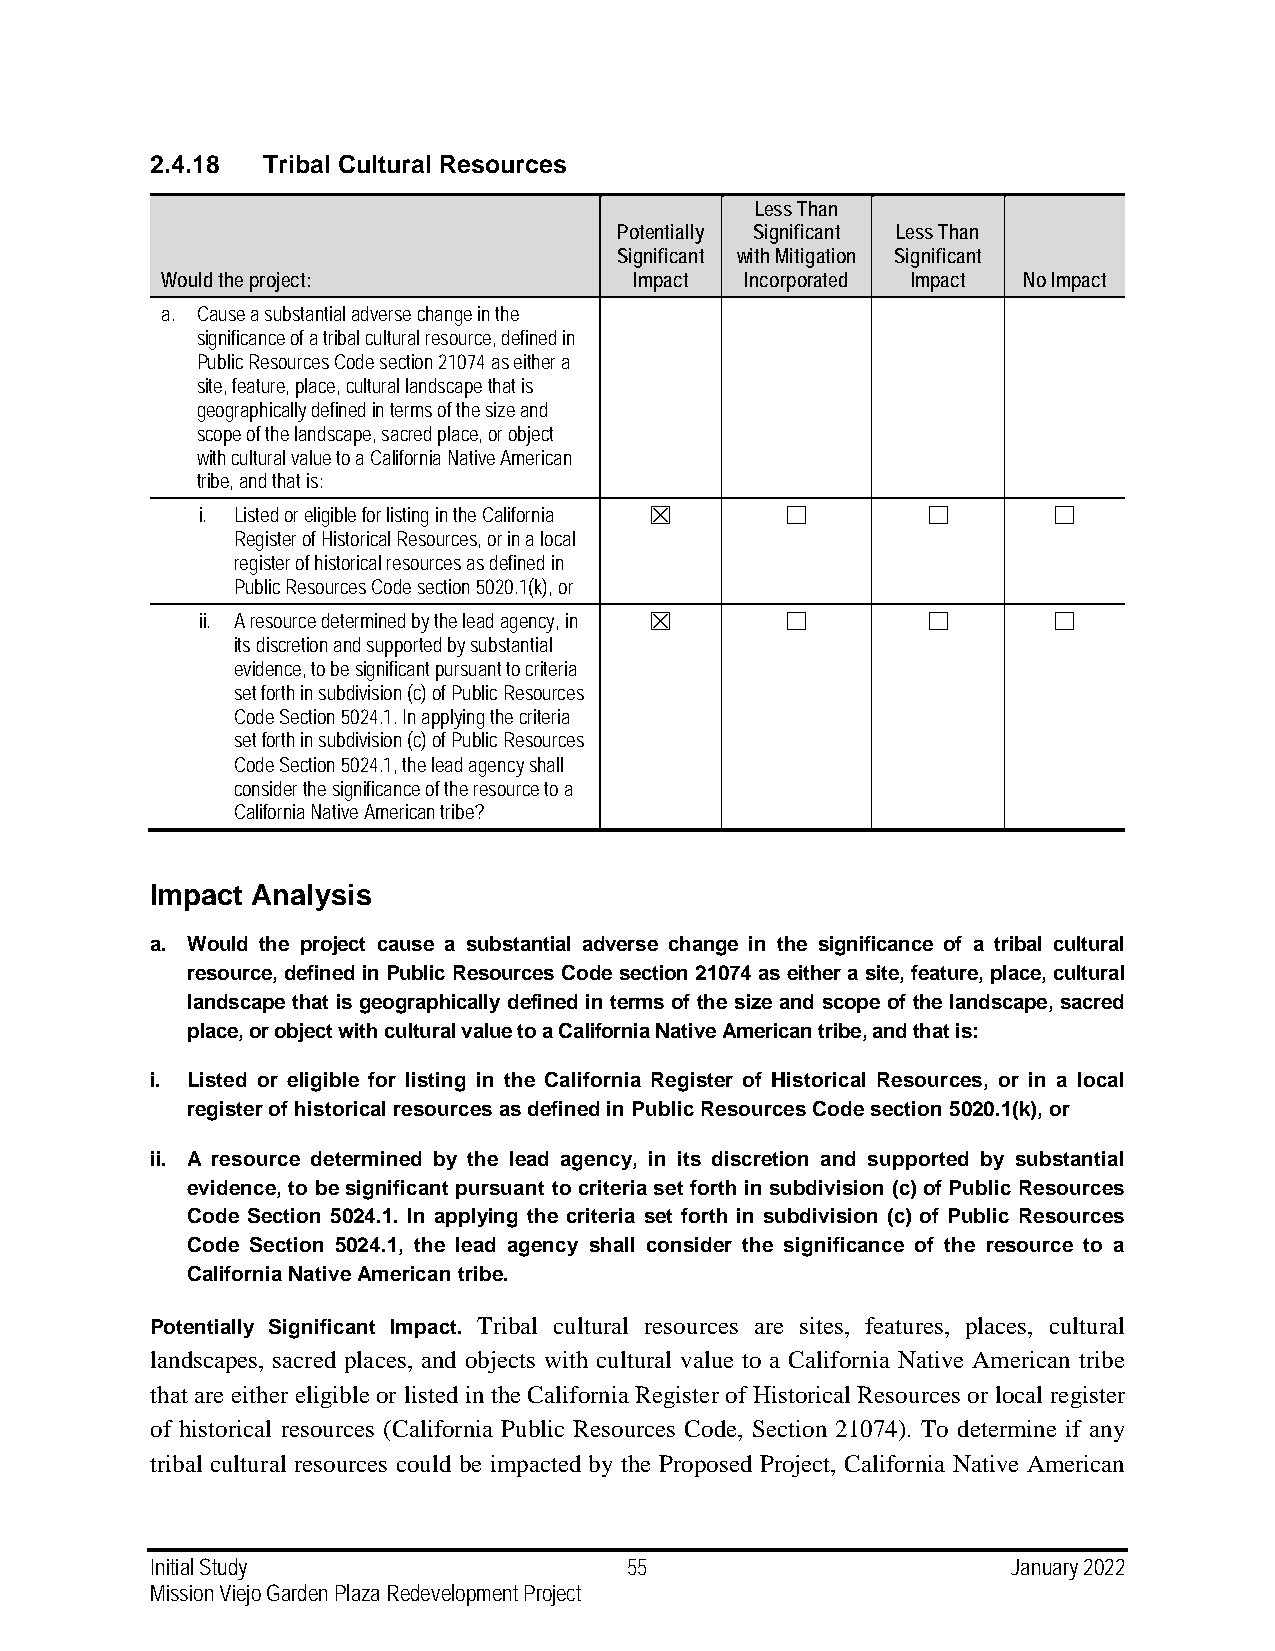
2.4.18 Tribal Cultural Resources
 Less Than
 Potentially Significant Less Than
 Significant with Mitigation Significant
 Would the project:             Impact Incorporated Impact No Impact
 a. Cause a substantial adverse change in the
 significance of a tribal cultural resource, defined in
 Public Resources Code section 21074 as either a
 site, feature, place, cultural landscape that is
 geographically defined in terms of the size and
 scope of the landscape, sacred place, or object
 with cultural value to a California Native American
 tribe, and that is:
 i. Listed or eligible for listing in the California ☒ ☐ ☐ ☐
 Register of Historical Resources, or in a local
 register of historical resources as defined in
 Public Resources Code section 5020.1(k), or
 ii. A resource determined by the lead agency, in ☒ ☐ ☐   ☐
 its discretion and supported by substantial
 evidence, to be significant pursuant to criteria
 set forth in subdivision (c) of Public Resources
 Code Section 5024.1. In applying the criteria
 set forth in subdivision (c) of Public Resources
 Code Section 5024.1, the lead agency shall
 consider the significance of the resource to a
 California Native American tribe?
 Impact Analysis
 a. Would the project cause a substantial adverse change in the significance of a tribal cultural
 resource, defined in Public Resources Code section 21074 as either a site, feature, place, cultural
 landscape that is geographically defined in terms of the size and scope of the landscape, sacred
 place, or object with cultural value to a California Native American tribe, and that is:
 i. Listed or eligible for listing in the California Register of Historical Resources, or in a local
 register of historical resources as defined in Public Resources Code section 5020.1(k), or
 ii. A resource determined by the lead agency, in its discretion and supported by substantial
 evidence, to be significant pursuant to criteria set forth in subdivision (c) of Public Resources
 Code Section 5024.1. In applying the criteria set forth in subdivision (c) of Public Resources
 Code Section 5024.1, the lead agency shall consider the significance of the resource to a
 California Native American tribe.
 Potentially Significant Impact. Tribal cultural resources are sites, features, places, cultural
 landscapes, sacred places, and objects with cultural value to a California Native American tribe
 that are either eligible or listed in the California Register of Historical Resources or local register
 of historical resources (California Public Resources Code, Section 21074). To determine if any
 tribal cultural resources could be impacted by the Proposed Project, California Native American
 Initial Study                   55                       January 2022
 Mission Viejo Garden Plaza Redevelopment Project